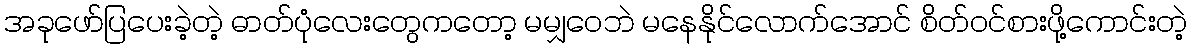
အခုဖော်ပြပေးခဲ့တဲ့ ဓာတ်ပုံလေးတွေကတော့ မမျှဝေဘဲ မနေနိုင်လောက်အောင် စိတ်ဝင်စားဖို့ကောင်းတဲ့